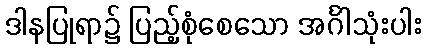
ဒါနပြုရာ၌ ပြည့်စုံစေသော အင်္ဂါသုံးပါး